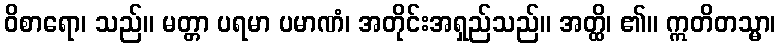
ဝိစာရော၊ သည်။ မတ္တာ ပရမာ ပမာဏံ၊ အတိုင်းအရှည်သည်။ အတ္ထိ၊ ၏။ ဣတိတသ္မာ၊